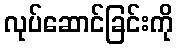
လုပ်ဆောင်ခြင်းကို